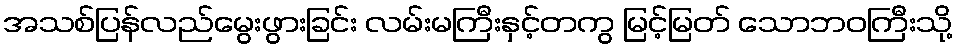
အသစ်ပြန်လည်မွေးဖွားခြင်း လမ်းမကြီးနှင့်တကွ မြင့်မြတ် သောဘဝကြီးသို့